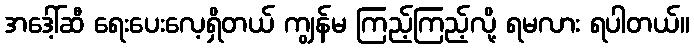
အဒေါ့်ဆီ ရေးပေးလေ့ရှိတယ် ကျွန်မ ကြည့်ကြည့်လို့ ရမလား ရပါတယ်။